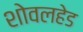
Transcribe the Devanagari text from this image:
शोवलहेड